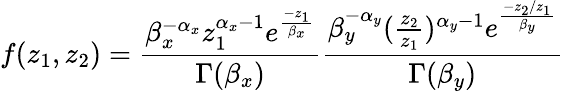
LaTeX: f(z_{1},z_{2})=\frac{\beta_{x}^{-\alpha_{x}}z_{1}^{\alpha_{x}-1}e^{\frac{-z_{1}}{\beta_{x}}}}{\Gamma(\beta_{x})}\frac{\beta_{y}^{-\alpha_{y}}(\frac{z_{2}}{z_{1}})^{\alpha_{y}-1}e^{\frac{-z_{2}/z_{1}}{\beta_{y}}}}{\Gamma(\beta_{y})}